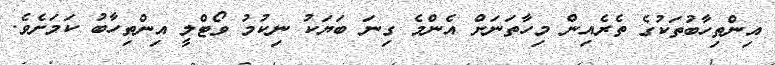
އިންތިހާބުތަކުގެ ތެރެއިން މިހާތަނަށް އެންމެ ގިނަ ބަޔަކު ނިކުމު ވޯޓްލީ އިންތިހާބު ކަމަށެވެ.